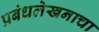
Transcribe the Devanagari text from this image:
प्रबंधलेखनाचा